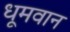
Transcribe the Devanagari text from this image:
धूमवान